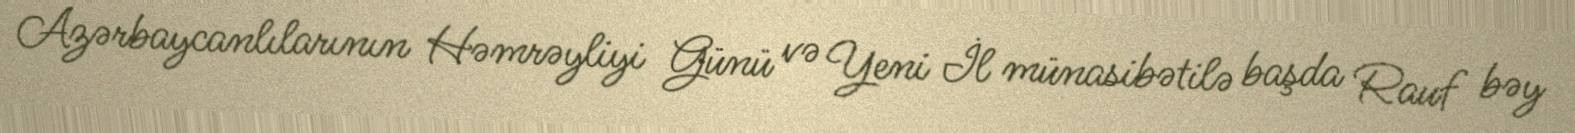
Azərbaycanlılarının Həmrəyliyi Günü və Yeni İl münasibətilə başda Rauf bəy